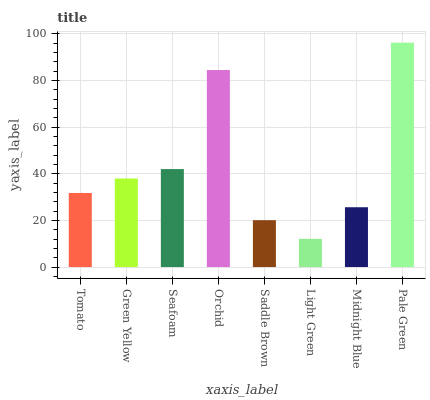
| xaxis_label | bars |
 | --- | --- |
 | Tomato | 31.8 |
 | Green Yellow | 38 |
 | Seafoam | 42 |
 | Orchid | 84.5 |
 | Saddle Brown | 20.1 |
 | Light Green | 12.1 |
 | Midnight Blue | 25.6 |
 | Pale Green | 96.2 |